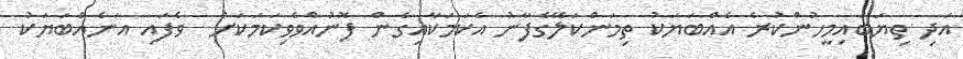
އަދި ތިޔަބައިމީހުންކުރެ އެއްބަޔަކު ތިމަންކަލޭގެފާނު އެކަމަކާއިގެން ފޮނުއްވެވިކަމަކަށް  ވެފައި އަނެއްބަޔަކު